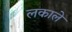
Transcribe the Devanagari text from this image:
लकाले